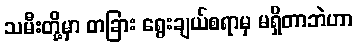
သမီးတို့မှာ တခြား ရွေးချယ်စရာမှ မရှိတာဘဲဟာ